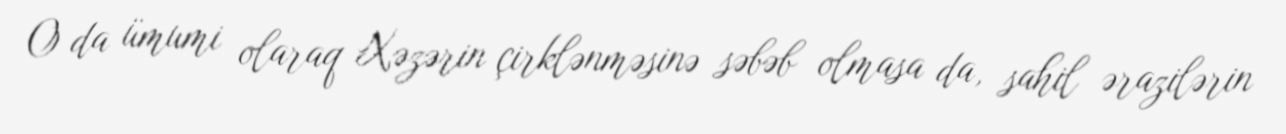
O da ümumi olaraq Xəzərin çirklənməsinə səbəb olmasa da, sahil ərazilərin